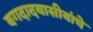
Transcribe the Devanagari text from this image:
बगदादवासीयांचे